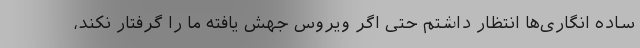
ساده انگاری‌ها انتظار داشتم حتی اگر ویروس جهش یافته ما را گرفتار نکند،